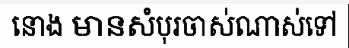
នោង មានសំបុរចាស់ណាស់ទៅ